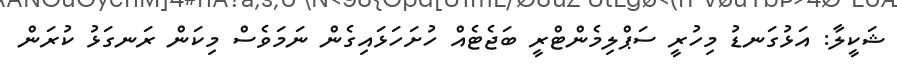
ޝަކީލާ: އަޅުގަނޑު މިހުރީ ސަޕްލިމެންޓްރީ ބަޖެޓެއް ހުށަހަޅައިގެން ނަމަވެސް މިކަން ރަނގަޅު ކުރަން